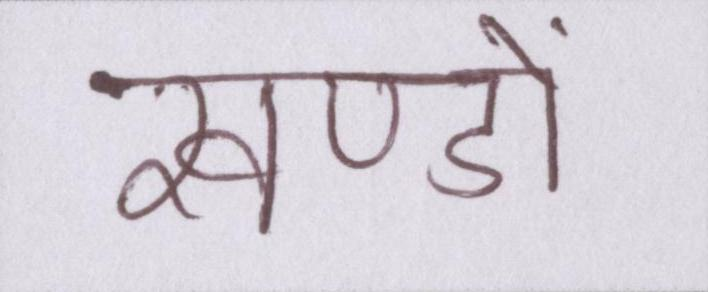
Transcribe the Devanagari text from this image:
खण्डों